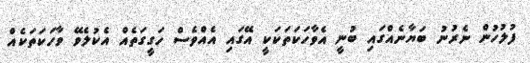
ފުލުހުން ނެރުނު ބަޔާނެއްގައި ބުނީ އެވާހަކަތަކަކީ އޭގައި އެއްވެސް ހަގީގަތެއް އެކުލެވޭ ވާހަކަތަކެއް